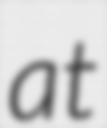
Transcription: at